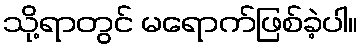
သို့ရာတွင် မရောက်ဖြစ်ခဲ့ပါ။